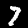
Digit: 7